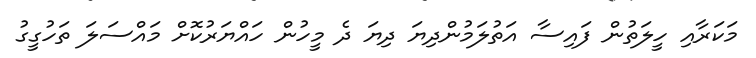
މަކަރާއި ހީލަތުން ފައިސާ އަތުލަމުންދިޔަ ދިޔަ ދެ މީހުން ހައްޔަރުކޮށް މައްސަލަ ތަހުގީގު